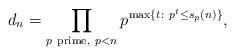
LaTeX: \begin{align*} d_n = \prod_{p\ \mathrm{prime}, \ p<n}p^{\max\{t:\ p^t\leq s_p(n)\}}, \end{align*}